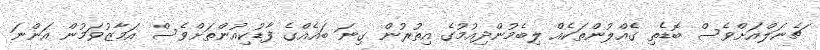
ޗެނަލްއަށްވެސް ބޮޑެތި ގެއްލުންތަކެއް ލިބެމުންދިއުމުގެ އިތުރުން ގިނަ ބައެއްގެ ފާޑުކިއުންތަށްވެސް އަމާޒުވަމުން އަންނަ